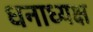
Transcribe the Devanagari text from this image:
धनाध्यक्ष